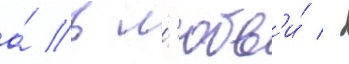
а́ в л'юбв'и́ -